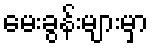
မေးခွန်းများမှာ